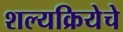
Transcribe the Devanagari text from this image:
शल्यक्रियेचे